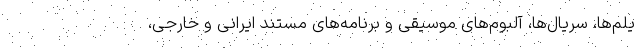
یلم‌ها، سریال‌ها، آلبوم‌های موسیقی و برنامه‌های مستند ایرانی و خارجی،